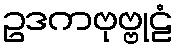
ဥဒကဗုဗ္ဗုဠံ